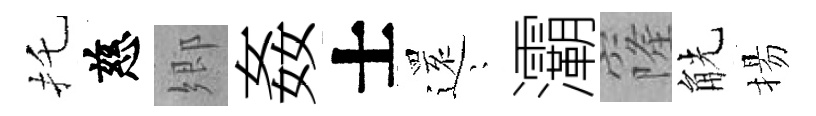
托慈郷姦士𮟃隠灞窿觥揚